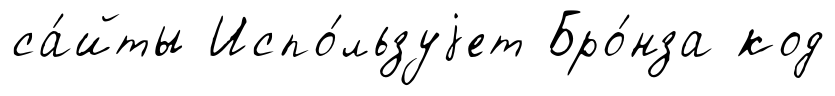
са́йты Испо́льзуjет Бро́нза код